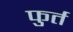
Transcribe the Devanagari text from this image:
फुर्त